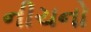
નીચનો